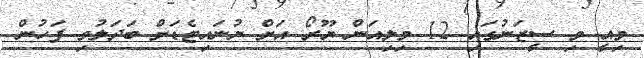
މިއީ މި ސީޒަނުގައި 12 މިލިއަން ޔޫރޯ އަށް ޔުނައިޓެޑަށް ބަދަލުވި ފަހުން